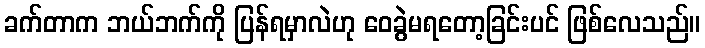
ခက်တာက ဘယ်ဘက်ကို ပြန်ရမှာလဲဟု ဝေခွဲမရတော့ခြင်းပင် ဖြစ်လေသည်။